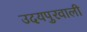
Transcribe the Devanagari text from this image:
उदयपुरवाली